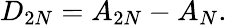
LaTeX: D_{2N}=A_{2N}-A_{N}.